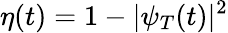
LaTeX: \eta(t)=1-|\psi_{T}(t)|^{2}